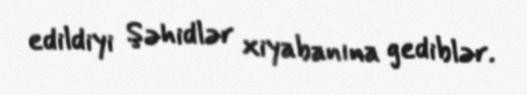
edildiyi Şəhidlər xiyabanına gediblər.